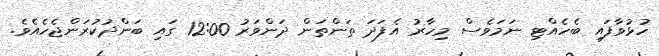
ހުޅުވާފައި ބެހެއްޓި ނަމަވެސް މިހާރު އެފަދަ ތަންތަން ދަންވަރު 12:00 ގައި ބަންދުކުރަންޖެހެއެވެ.